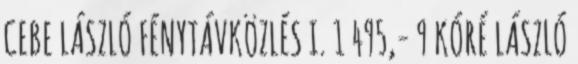
CEBE LÁSZLÓ FÉNYTÁVKÖZLÉS I. 1 495,- 9 KÓRÉ LÁSZLÓ